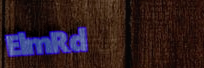
ElmRd